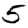
Digit: 5